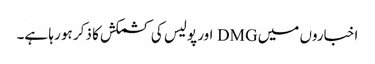
اخباروں میں DMG اور پولیس کی کشمکش کا ذکر ہو رہا ہے۔